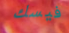
فيسك